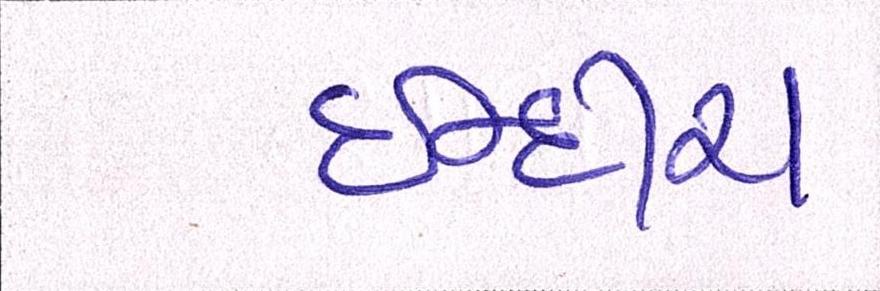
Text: ઈન્દીરા